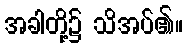
အခါတို့၌ သိအပ်၏။